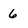
Character: 6